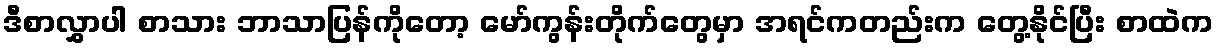
ဒီစာလွှာပါ စာသား ဘာသာပြန်ကိုတော့ မော်ကွန်းတိုက်တွေမှာ အရင်ကတည်းက တွေ့နိုင်ပြီး စာထဲက